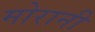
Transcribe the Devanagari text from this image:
मोरानी